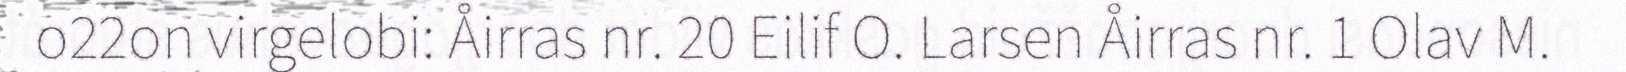
o22on virgelobi: Åirras nr. 20 Eilif O. Larsen Åirras nr. 1 Olav M.